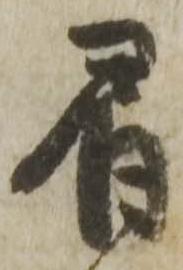
肩